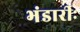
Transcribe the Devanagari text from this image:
भंडारीः